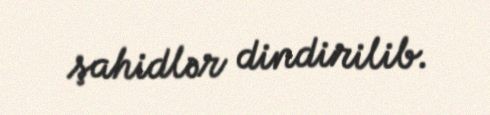
şahidlər dindirilib.